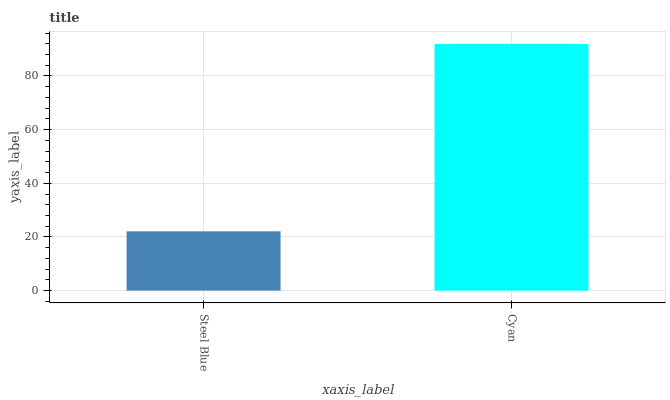
| xaxis_label | bars |
 | --- | --- |
 | Steel Blue | 22.1 |
 | Cyan | 92 |